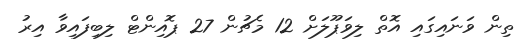
ތިން ވަނައިގައި އޮތް ލިވަޕޫލަށް 12 މެޗުން 27 ޕޮއިންޓް ލިބިފައިވާ އިރު